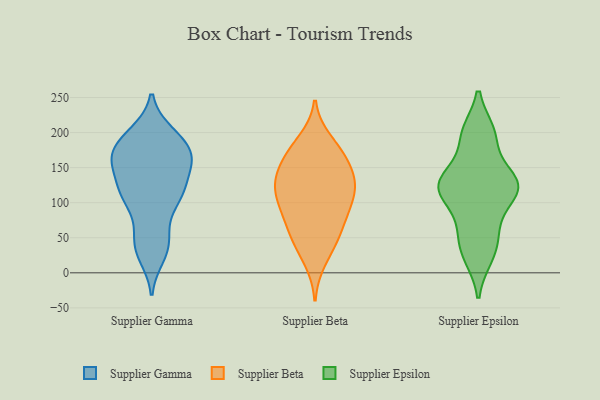
{"axis": {"x": "Website Visitors", "y": "Value"}, "legend": ["Supplier Beta", "Supplier Epsilon", "Supplier Gamma"], "data": [{"x": "", "y": 103, "type": "Supplier Gamma"}, {"x": "", "y": 166, "type": "Supplier Gamma"}, {"x": "", "y": 190, "type": "Supplier Gamma"}, {"x": "", "y": 197, "type": "Supplier Gamma"}, {"x": "", "y": 200, "type": "Supplier Gamma"}, {"x": "", "y": 121, "type": "Supplier Gamma"}, {"x": "", "y": 110, "type": "Supplier Gamma"}, {"x": "", "y": 174, "type": "Supplier Gamma"}, {"x": "", "y": 166, "type": "Supplier Gamma"}, {"x": "", "y": 35, "type": "Supplier Gamma"}, {"x": "", "y": 137, "type": "Supplier Gamma"}, {"x": "", "y": 165, "type": "Supplier Gamma"}, {"x": "", "y": 105, "type": "Supplier Gamma"}, {"x": "", "y": 45, "type": "Supplier Gamma"}, {"x": "", "y": 61, "type": "Supplier Gamma"}, {"x": "", "y": 114, "type": "Supplier Gamma"}, {"x": "", "y": 161, "type": "Supplier Gamma"}, {"x": "", "y": 153, "type": "Supplier Gamma"}, {"x": "", "y": 23, "type": "Supplier Gamma"}, {"x": "", "y": 162, "type": "Supplier Beta"}, {"x": "", "y": 126, "type": "Supplier Beta"}, {"x": "", "y": 83, "type": "Supplier Beta"}, {"x": "", "y": 122, "type": "Supplier Beta"}, {"x": "", "y": 56, "type": "Supplier Beta"}, {"x": "", "y": 136, "type": "Supplier Beta"}, {"x": "", "y": 172, "type": "Supplier Beta"}, {"x": "", "y": 176, "type": "Supplier Beta"}, {"x": "", "y": 188, "type": "Supplier Beta"}, {"x": "", "y": 43, "type": "Supplier Beta"}, {"x": "", "y": 18, "type": "Supplier Beta"}, {"x": "", "y": 131, "type": "Supplier Beta"}, {"x": "", "y": 95, "type": "Supplier Beta"}, {"x": "", "y": 97, "type": "Supplier Beta"}, {"x": "", "y": 127, "type": "Supplier Beta"}, {"x": "", "y": 155, "type": "Supplier Beta"}, {"x": "", "y": 75, "type": "Supplier Beta"}, {"x": "", "y": 48, "type": "Supplier Beta"}, {"x": "", "y": 109, "type": "Supplier Beta"}, {"x": "", "y": 44, "type": "Supplier Epsilon"}, {"x": "", "y": 122, "type": "Supplier Epsilon"}, {"x": "", "y": 199, "type": "Supplier Epsilon"}, {"x": "", "y": 126, "type": "Supplier Epsilon"}, {"x": "", "y": 133, "type": "Supplier Epsilon"}, {"x": "", "y": 73, "type": "Supplier Epsilon"}, {"x": "", "y": 127, "type": "Supplier Epsilon"}, {"x": "", "y": 114, "type": "Supplier Epsilon"}, {"x": "", "y": 195, "type": "Supplier Epsilon"}, {"x": "", "y": 24, "type": "Supplier Epsilon"}]}